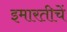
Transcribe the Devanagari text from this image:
इमारतीचें